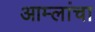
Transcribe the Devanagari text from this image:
आम्लांचा